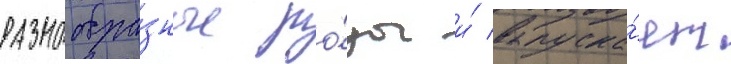
разнообра́зные ро́зы и́ выпуска́ет